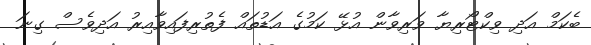
ބެކަމް އަދި ވިކްޓޯރިޔާ ވަރިވާން އުޅޭ ކަމުގެ އަޑުތައް ފެތުރިފައިވާއިރު އަދިވެސް ގިނަ